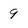
Character: 9